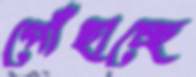
পোঁছাচ্ছে